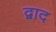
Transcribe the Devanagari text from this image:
द्वाद